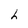
Character: h